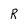
Character: R